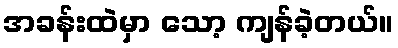
အခန်းထဲမှာ သော့ ကျန်ခဲ့တယ်။